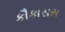
કૌકાસસ